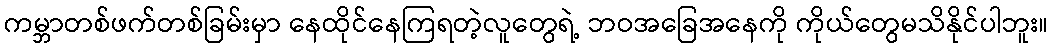
ကမ္ဘာတစ်ဖက်တစ်ခြမ်းမှာ နေထိုင်နေကြရတဲ့လူတွေရဲ့ ဘဝအခြေအနေကို ကိုယ်တွေမသိနိုင်ပါဘူး။